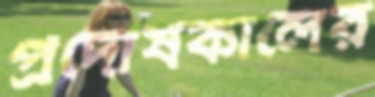
প্রদোষকালের